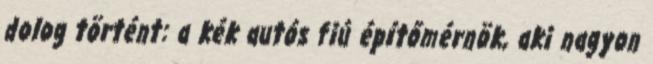
dolog történt: a kék autós fiú építőmérnök, aki nagyon